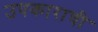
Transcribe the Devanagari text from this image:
उपकाराची